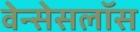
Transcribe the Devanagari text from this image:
वेन्सेसलॉस